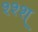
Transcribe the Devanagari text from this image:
श्श्श्